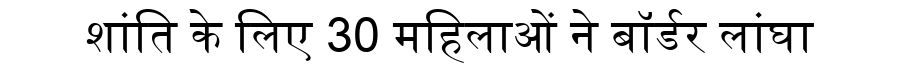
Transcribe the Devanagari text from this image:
शांति के लिए 30 महिलाओं ने बॉर्डर लांघा